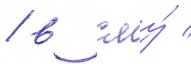
/ в сму́ /